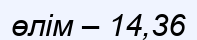
өлім – 14,36